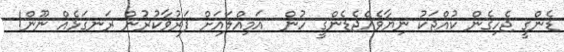
ޑެންގީ ޖެހިގެން ކުއްޖަކު ނިޔާވެއްޖެޑެންގީ ހުން  އަމިއްލައަށް ފަރުވާކުރުން ރަނގަޅެއް ނޫން!